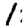
Digit: 1